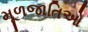
મૂળજાતિઓ